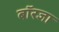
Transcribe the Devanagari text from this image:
बॉरजा